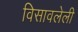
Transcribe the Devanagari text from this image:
विसावलेली